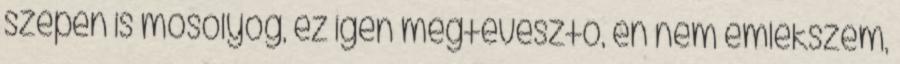
szépen is mosolyog, ez igen megtévesztő, én nem emlékszem,